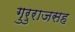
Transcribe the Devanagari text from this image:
गुरुराजसह